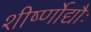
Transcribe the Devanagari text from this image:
शीर्ष्णोद्यौः